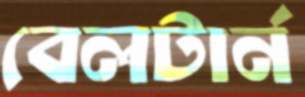
বেলটার্ন